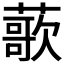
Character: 𫉸